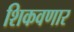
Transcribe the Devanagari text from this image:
शिकवणार